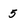
Character: 5